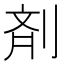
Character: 剤